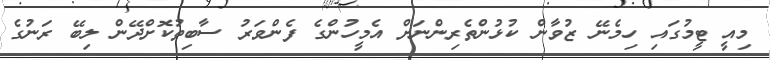
މިއީ ޓީމުގައި ހިމެނޭ ޒުވާން ކުޅުންތެރިންނަށް އެމީހުންގެ ފެންވަރު ސާބިތުކޮށްދޭން ލިބޭ ރަނުގެ